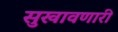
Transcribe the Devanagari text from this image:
सुखावणारी